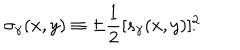
\sigma _ { \gamma } ( x , y ) \equiv \pm { \frac { 1 } { 2 } } [ s _ { \gamma } ( x , y ) ] _ { . } ^ { 2 }